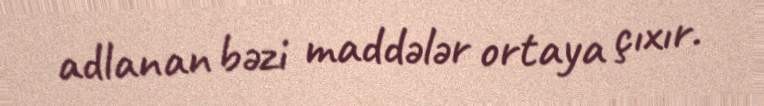
adlanan bəzi maddələr ortaya çıxır.